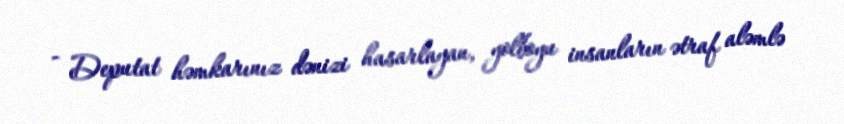
- Deputat həmkarınız dənizi hasarlayan, yolboyu insanların ətraf aləmlə